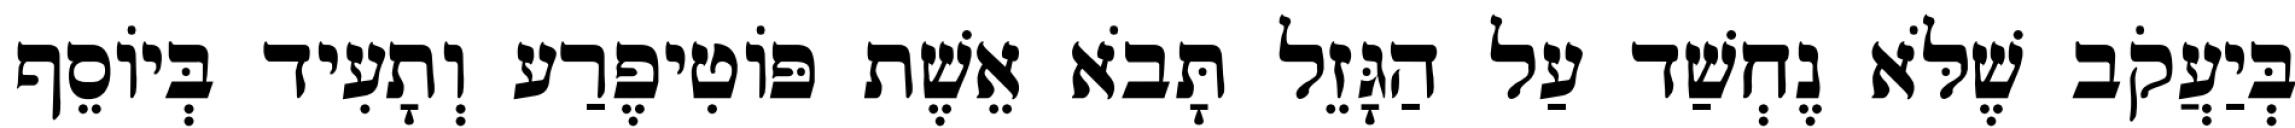
בְּיַעֲקֹב שֶׁלֹּא נֶחְשַׁד עַל הַגָּזֵל תָּבֹא אֵשֶׁת פּוֹטִיפֶרַע וְתָעִיד בְּיוֹסֵף